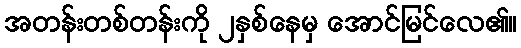
အတန်းတစ်တန်းကို ၂နှစ်နေမှ အောင်မြင်လေ၏။